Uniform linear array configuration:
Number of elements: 12
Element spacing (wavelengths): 1
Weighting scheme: binomial
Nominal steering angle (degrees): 0
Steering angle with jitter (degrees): -1.019
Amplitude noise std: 0.05
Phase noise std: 0.05

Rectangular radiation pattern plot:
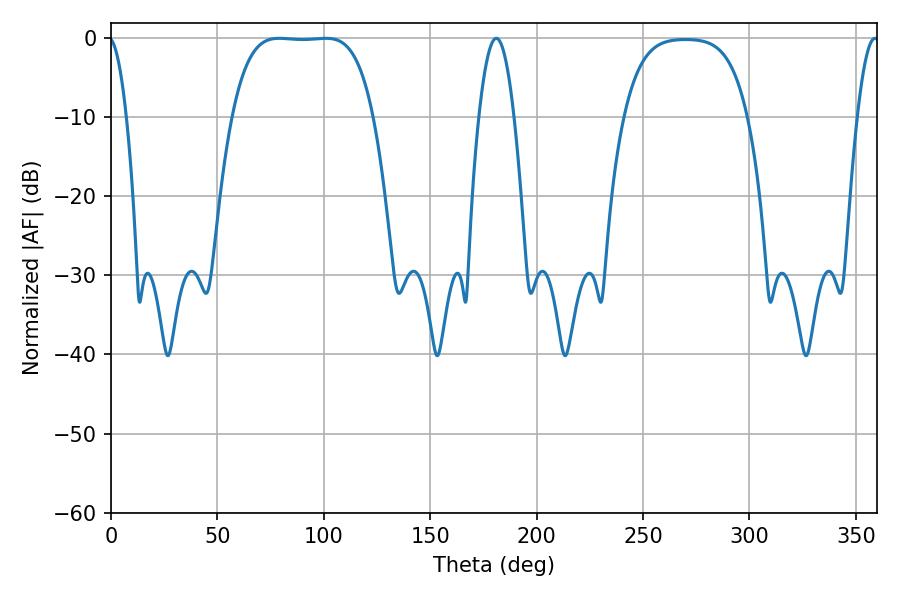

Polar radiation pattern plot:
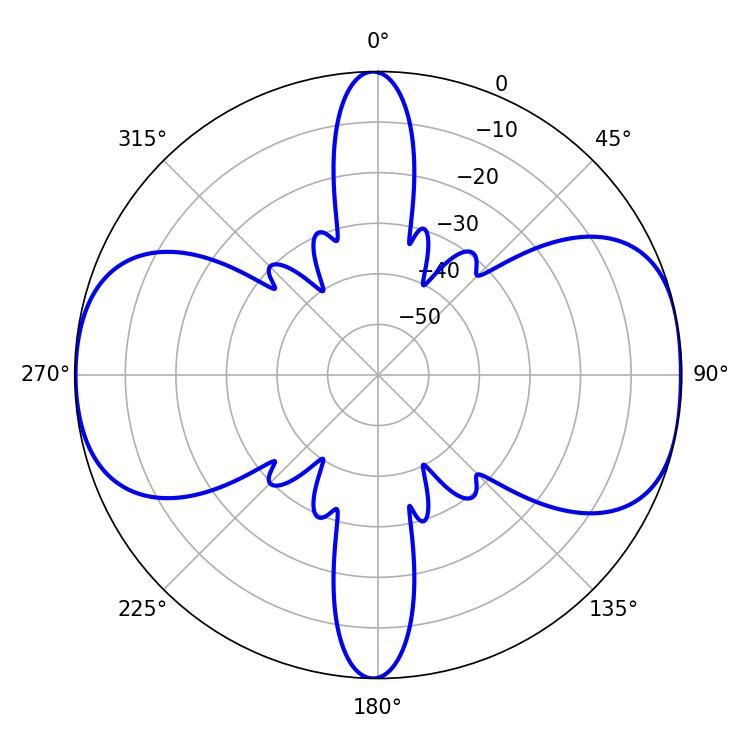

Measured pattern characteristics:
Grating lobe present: TRUE
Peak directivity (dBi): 10.363
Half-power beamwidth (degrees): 51.12
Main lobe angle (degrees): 79.02